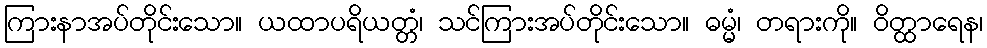
ကြားနာအပ်တိုင်းသော။ ယထာပရိယတ္တံ၊ သင်ကြားအပ်တိုင်းသော။ ဓမ္မံ၊ တရားကို။ ဝိတ္ထာရေန၊